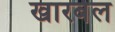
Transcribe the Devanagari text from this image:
खारबेल